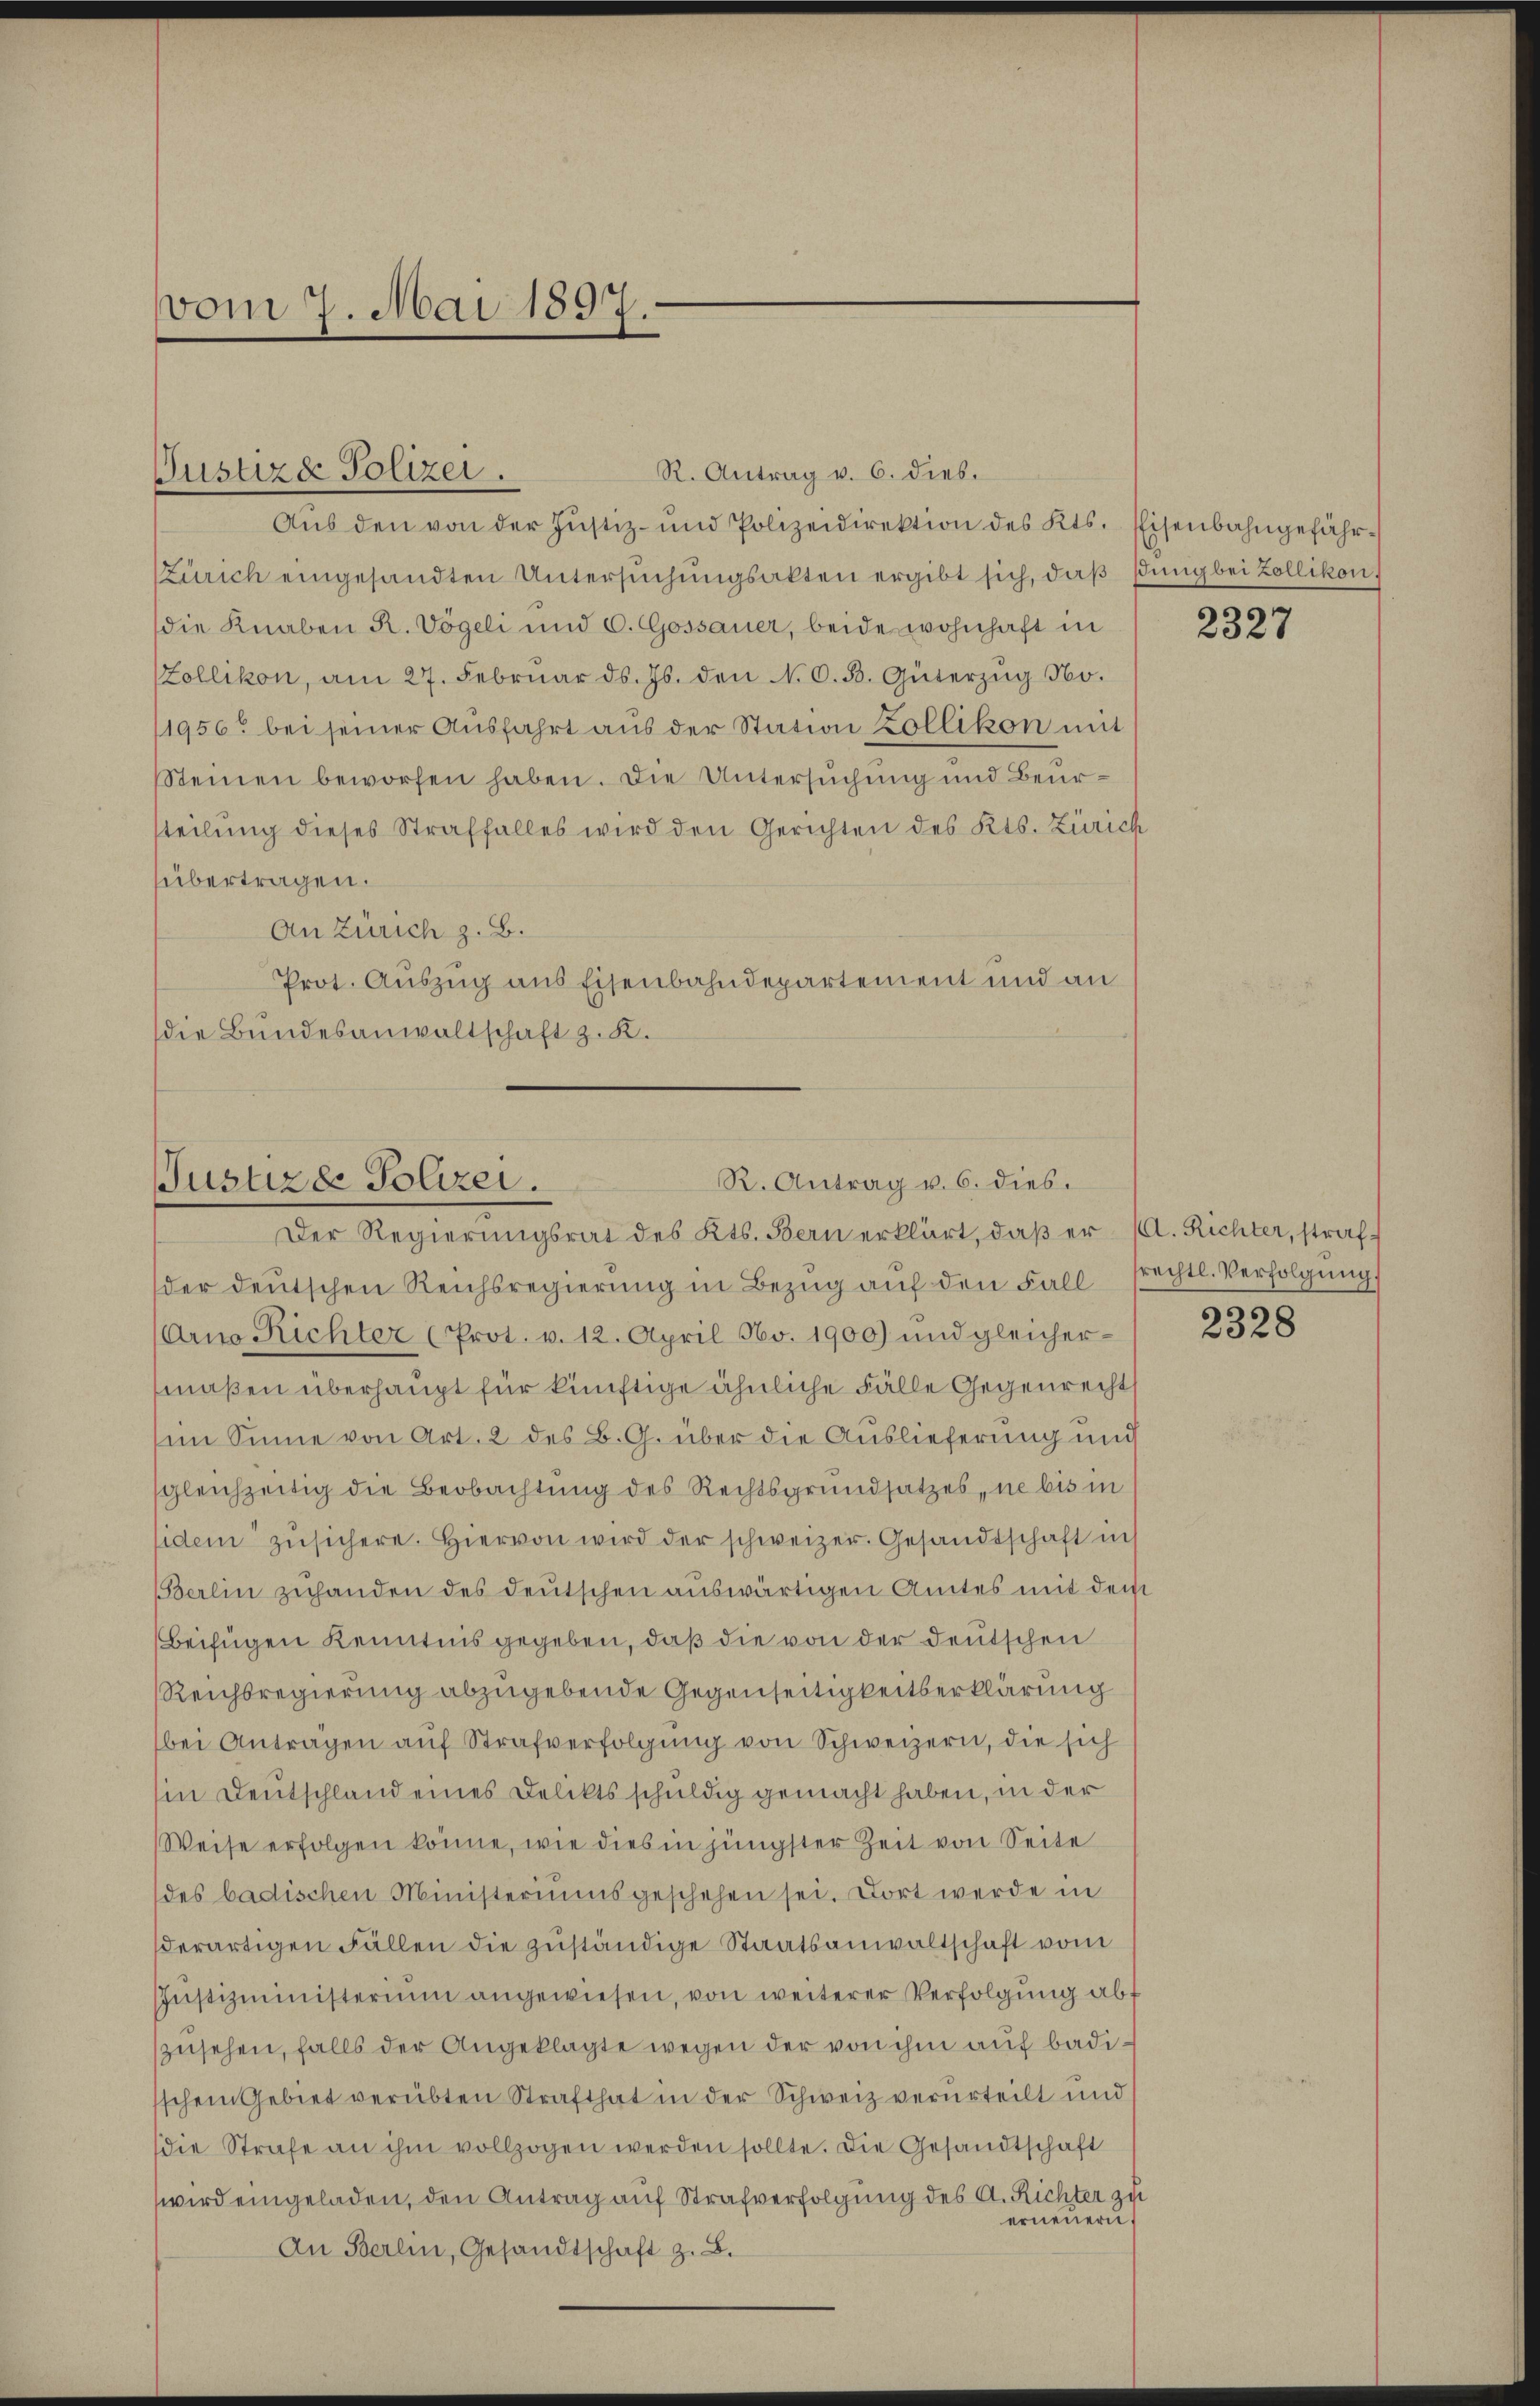
vom 7. Mai 1897.

R. Antrag v. 6. Dieb.
Aŭs den von der Justiz- und Polizeidirektion des Kts. Eisenbahngefähr¬
Zürich eingesandten Untersuchungsakten ergibt sich, daß sing bei Zollikon)
die Knaben R. Vögeli und C. Gossauer, beide wohnhaft in
Zollikon, am 27. Febrŭar d. Js. den N. O. B. Güterzŭg No.
1956 bei seiner Ausfahrt aus der Station Zollikon mit
Steinen beworfen haben. Die Untersuchung und Beursteilung dieses Straffalles wird den Gerichten des Kts. Zürich
sübertragen.
An Zürich z. B.
Prot. Auszug aus Eisenbahndepartement und an
die Bundesanwaltschaft z. K.

Justizde Polizei.

R. Antrag v. 6. dies
Justizde Polizei.
Der Regierungsrat des Kts. Bern erklärt, daβ er (A. Richter, straf-

idem zŭsichere. Hiervon wird der schweizer. Gesandtschaft in
Berlin zuhanden des Deutschen auswärtigen Amtes mit dem
Beifügen Kenntnis gegeben, daß die von der Deutschen
Reichsregierung abzugebende Gegenseitigkeitserklärung
bei Antragen auf Strafverfolgung von Schweizern, die sich
in Deutschland eines Deliktsschuldig gemacht haben, in der
Weise erfolgen könne, wie dies in jüngster Zeit von Seite
des badischen Ministeriums geschehen sei. Dort werde in
derartigen Fällen die zuständige Staatsanwaltschaft vom
JJustizministerium angewiesen, von weiterer Verfolgung abf
zusehen, falls der Angeklagte wegen der von ihm auf badischein Gebiet verübten Strafthat in der Schweiz verurteilt und
die Strafe an ihm vollzogen werden sollte. Die Gesandtschaft
wird eingeladen, den Antrag auf Strafverfolgung des A. Richter zu
erneuern.
An Berlin, Gesandtschaft z. B.

der deutschen Reichsregierŭng in Bezŭg aŭf den Fall frechtl. Verfolgŭng
(Arno Richter (Prot. v. 12. April No. 1900) und gleicher-
maßen überhaupt für künftige ähnliche Fälle Gegenrechts
sin Sinne von Art. 2 des B. G. über die Auslieferung und
sgleichzeitig die Beobachtung des Rechtsgrundsatzes, ne bis in

2327

2328